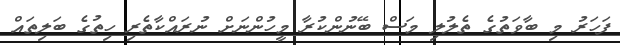
ފަހަރު މި ބާވަތުގެ ތެލުލި މަސް ބޭނުންކުރާ މީހުންނަށް ނުރައްކާތެރި ހިތުގެ ބަލިތައް